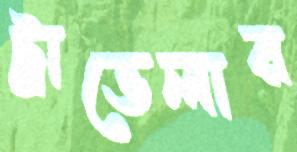
ট্রাভেলার